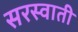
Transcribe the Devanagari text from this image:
सरस्वाती